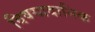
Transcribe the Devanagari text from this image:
विषयादानिक